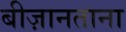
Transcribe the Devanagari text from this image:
बीज़ानताना